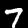
Label: 7